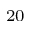
_ { 2 0 }